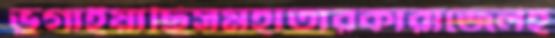
ভুগাইয়াছিসমহাতারকারাজেলহ